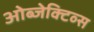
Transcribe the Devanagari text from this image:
ओब्जेक्टिव्स